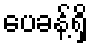
ပေခန့်ရှိ